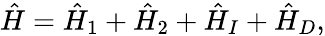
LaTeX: \hat{H}=\hat{H}_{1}+\hat{H}_{2}+\hat{H}_{I}+\hat{H}_{D},